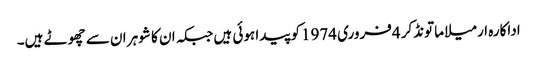
اداکارہ ارمیلا ماتونڈکر 4فروری 1974کو پیدا ہوئی ہیں جبکہ ان کا شوہر ان سے چھوٹے ہیں۔